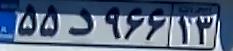
۵۵د۹۶۶۱۳